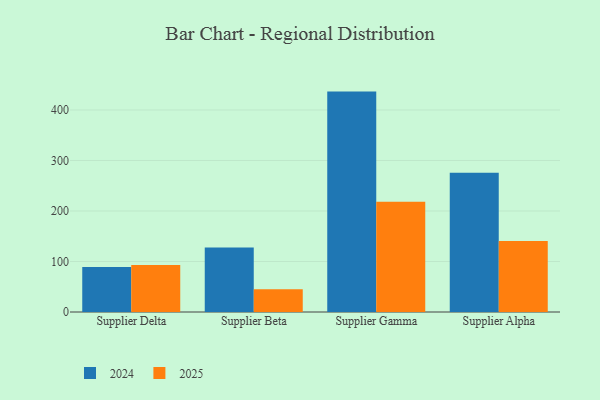
{"axis": {"x": "Supplier", "y": "Tickets Resolved"}, "legend": ["2024", "2025"], "data": [{"x": "Supplier Delta", "y": 89.3, "type": "2024"}, {"x": "Supplier Delta", "y": 93.0, "type": "2025"}, {"x": "Supplier Beta", "y": 127.7, "type": "2024"}, {"x": "Supplier Beta", "y": 44.8, "type": "2025"}, {"x": "Supplier Gamma", "y": 436.4, "type": "2024"}, {"x": "Supplier Gamma", "y": 218.4, "type": "2025"}, {"x": "Supplier Alpha", "y": 275.7, "type": "2024"}, {"x": "Supplier Alpha", "y": 140.4, "type": "2025"}]}